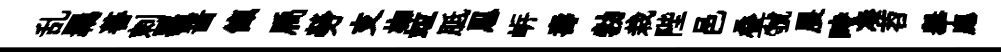
乱羈蕃剌噐齧餼扃勞支枷竝胝㤙㟁壽勃栽陛邑叠虢展時凑苕𦦙應